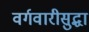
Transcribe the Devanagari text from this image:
वर्गवारीसुद्धा